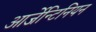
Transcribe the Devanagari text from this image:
आर्जेन्टिनियन